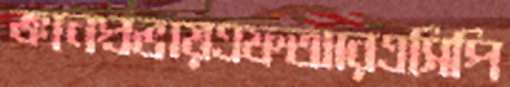
জ্ঞানপ্রভায়এফআরএসিপি